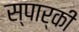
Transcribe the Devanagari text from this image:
स्पार्की